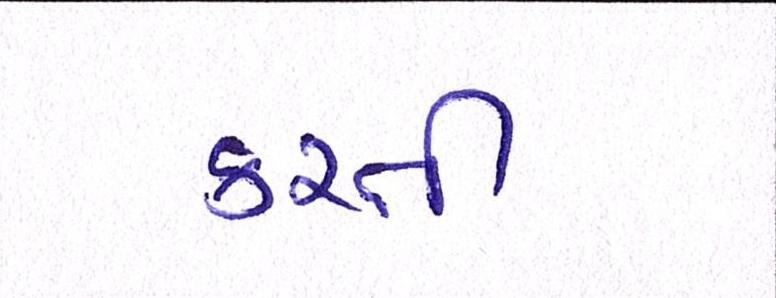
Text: કરતી